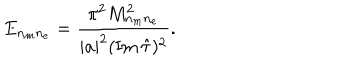
E _ { n _ { m } n _ { e } } = { \frac { \pi ^ { 2 } M _ { n _ { m } n _ { e } } ^ { 2 } } { | a | ^ { 2 } ( \mathrm { I m } \, \hat { \tau } ) ^ { 2 } } } .